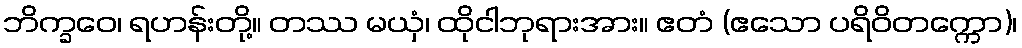
ဘိက္ခဝေ၊ ရဟန်းတို့။ တဿ မယှံ၊ ထိုငါဘုရားအား။ ဧတံ (ဧသော ပရိဝိတက္ကော)၊